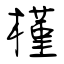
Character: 槿